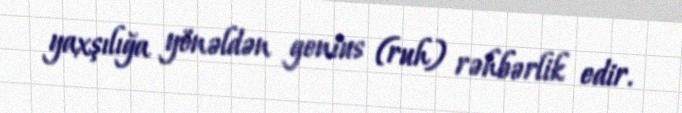
yaxşılığa yönəldən genius (ruh) rəhbərlik edir.